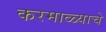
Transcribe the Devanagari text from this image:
करमाळ्याचे